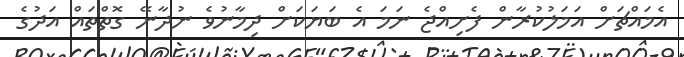
އެމައްޗަށް އަމަލުކުރާން ފެށިއްޖެ ނަމަ އެ ބަޔަކަށް ދިމާނުވެ ނުދާނޭ ގޮތްތައް އަދުގެ